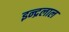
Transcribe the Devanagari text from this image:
इन्द्रलाल